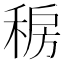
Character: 𰨯